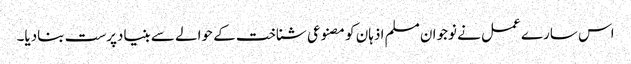
اس سارے عمل نے نوجوان مسلم اذہان کو مصنوعی شناخت کے حوالے سے بنیادپرست بنادیا۔